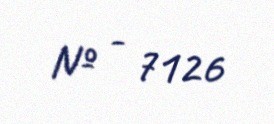
№ - 7126